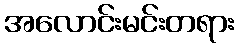
အလောင်းမင်းတရား